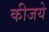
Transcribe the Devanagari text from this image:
कीजये